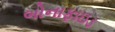
બોનાફાઇડ